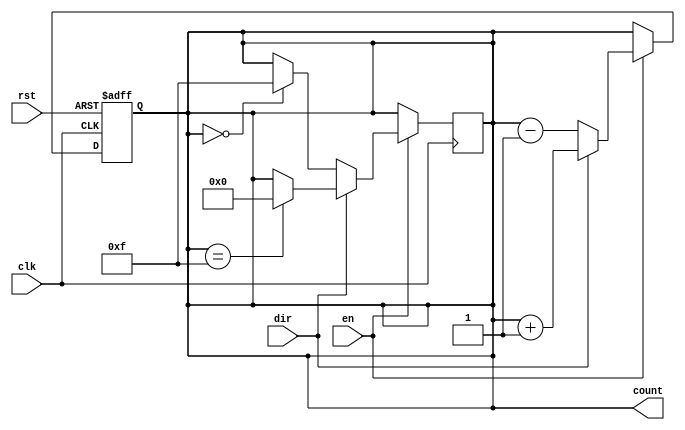
module MultiBitCounter #(
    parameter WIDTH = 4  // Configurable bit width, default is 4 bits
)(
    input wire clk,           // Clock input
    input wire rst,           // Asynchronous reset input
    input wire en,            // Enable signal
    input wire dir,           // Direction signal (1 for increment, 0 for decrement)
    output reg [WIDTH-1:0] count // Counter output
);

// Asynchronous reset and counting operation
always @(posedge clk or posedge rst) begin
    if (rst) begin
        count <= {WIDTH{1'b0}}; // Reset count to 0
    end else if (en) begin
        if (dir) begin
            // Increment operation
            count <= count + 1;
        end else begin
            // Decrement operation
            count <= count - 1;
        end
    end
end

// Overflow and underflow handling
always @(posedge clk) begin
    if (en) begin
        if (dir) begin
            // Wrap around on overflow
            if (count == {WIDTH{1'b1}}) begin
                count <= {WIDTH{1'b0}}; // Wrap to 0
            end
        end else begin
            // Wrap around on underflow
            if (count == {WIDTH{1'b0}}) begin
                count <= {WIDTH{1'b1}}; // Wrap to max value
            end
        end
    end
end

endmodule